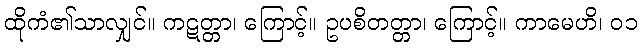
ထိုကံ၏သာလျှင်။ ကဋတ္တာ၊ ကြောင့်။ ဥပစိတတ္တာ၊ ကြောင့်။ ကာမေဟိ၊ ၀၁